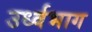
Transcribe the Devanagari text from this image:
उर्ध्वभाग